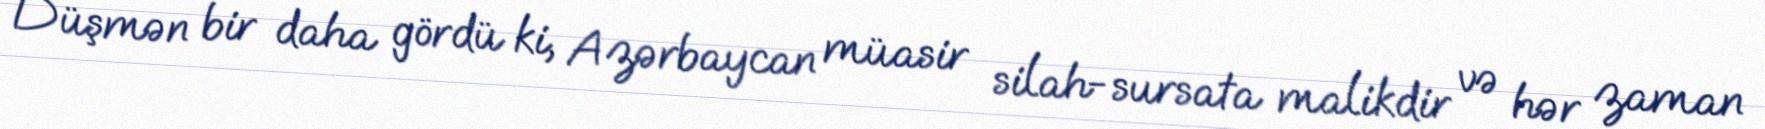
Düşmən bir daha gördü ki, Azərbaycan müasir silah-sursata malikdir və hər zaman